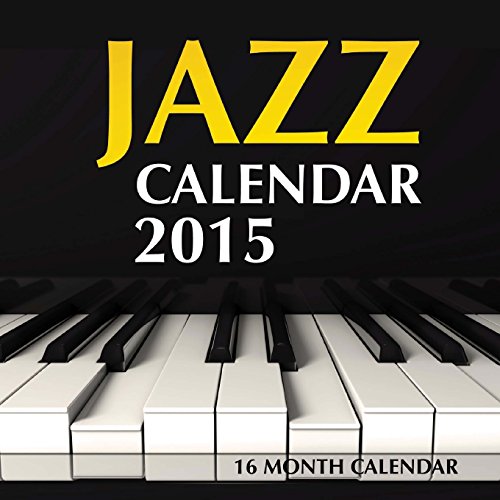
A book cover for Jazz Calendar 2015: 16 Month Calendar; James Bates; Calendars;